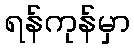
ရန်ကုန်မှာ